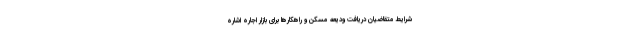
شرایط متقاضیان دریافت ودیعه مسکن و راهکارها برای بازار اجاره اشاره